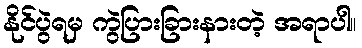
နိုင်ပွဲရမှ ကွဲပြားခြားနားတဲ့ အရာပါ။